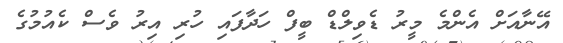
އޭނާއަށް އެންމެ މީރު ޑެވިލްޑް ބީފް ހަދާފައި ހުރި އިރު ވެސް ކެއުމުގެ